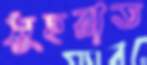
সুহরাত